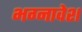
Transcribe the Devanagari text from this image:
भग्नावेश